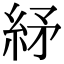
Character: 䋒